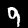
Label: 9